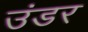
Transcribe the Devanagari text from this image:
उंडर